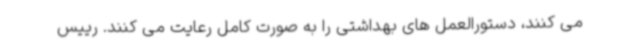
می کنند، دستورالعمل های بهداشتی را به صورت کامل رعایت می کنند. رییس